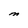
Character: M